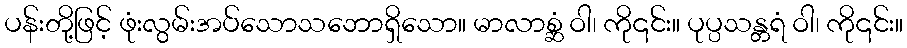
ပန်းတို့ဖြင့် ဖုံးလွမ်းအပ်သောသဘောရှိသော။ မာလာစ္ဆံ ဝါ၊ ကို၎င်း။ ပုပ္ပသန္တရံ ဝါ၊ ကို၎င်း။